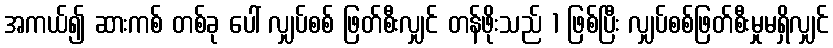
အကယ်၍ ဆားကစ် တစ်ခု ပေါ် လျှပ်စစ် ဖြတ်စီးလျှင် တန်ဖိုးသည် 1 ဖြစ်ပြီး လျှပ်စစ်ဖြတ်စီးမှုမရှိလျှင်